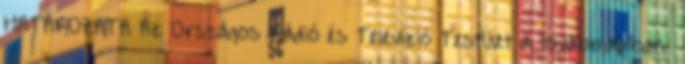
HATÁROZATA Az Országos Rádió és Televízió Testület a továbbiakban: